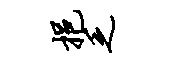
挹乏